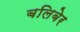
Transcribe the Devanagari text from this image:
बलिबेर